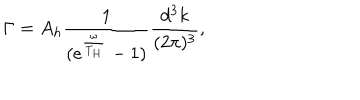
LaTeX: \Gamma = A _ { h } \frac { 1 } { ( e ^ { \frac { \omega } { T _ { H } } } - 1 ) } \frac { d ^ { 3 } k } { ( 2 \pi ) ^ { 3 } } ,